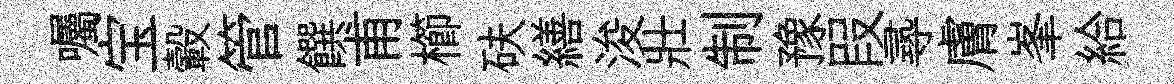
囑宝轂管饌甫櫛砆繕浚壯制豫叚𡬶膚峯給